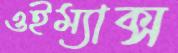
ওইম্যাক্স